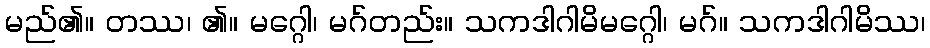
မည်၏။ တဿ၊ ၏။ မဂ္ဂေါ၊ မဂ်တည်း။ သကဒါဂါမိမဂ္ဂေါ၊ မဂ်။ သကဒါဂါမိဿ၊